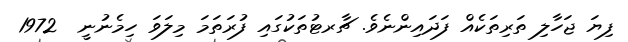
ފިޔަ ޖަހާލި ތަރިތަކެއް ފަދައިންނެވެ. ޗާރޓުތަކުގައި ފުރަތަމަ މިލަވަ ހިމެނުނީ  1972